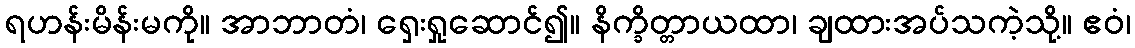
ရဟန်းမိန်းမကို။ အာဘာတံ၊ ရှေးရှုဆောင်၍။ နိက္ခိတ္တာယထာ၊ ချထားအပ်သကဲ့သို့။ ဧဝံ၊